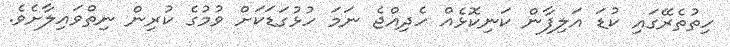
ހިތުތެރޭގައި ކުޑަ އަލިފާން ކަނިކޮޅެއް ހެދިއްޖެ ނަމަ ހުޅުގަޑަކަށް ވުމުގެ ކުރިން ނިތްވައިލާށެވެ.